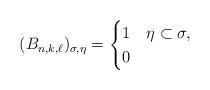
LaTeX: \begin{align*} (B_{n,k,\ell})_{\sigma,\eta}= \begin{cases} 1 & \eta\subset \sigma,\\ 0 & \end{cases}\end{align*}